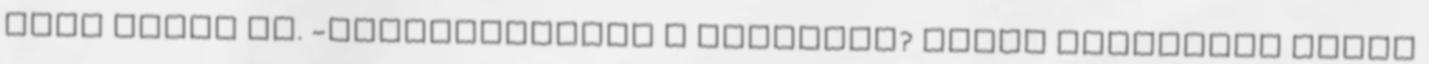
okom nincs rá. -Törlesztetted a harapást? Ebből nyugodtan jöhet